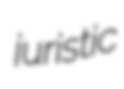
juristic